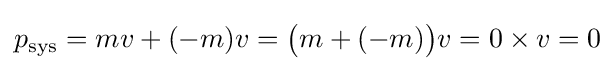
p_{\mathrm {sys} }=mv+(-m)v={\big (}m+(-m){\big )}v=0\times v=0